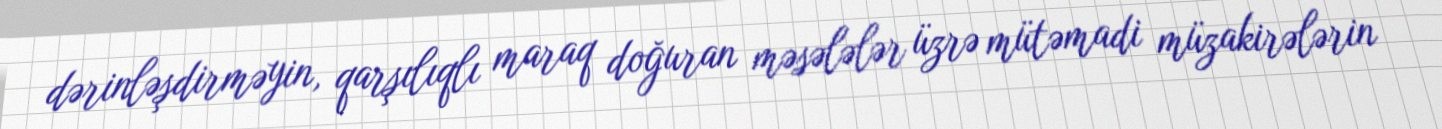
dərinləşdirməyin, qarşılıqlı maraq doğuran məsələlər üzrə mütəmadi müzakirələrin